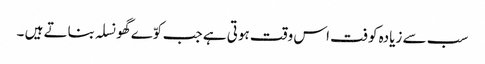
سب سے زیادہ کوفت اس وقت ہوتی ہے جب کوّے گھونسلہ بناتے ہیں ۔